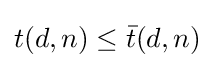
t(d,n)\leq {\bar {t}}(d,n)